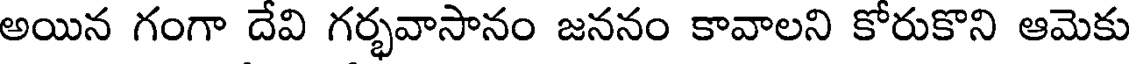
అయిన గంగా దేవి గర్భవాసానం జననం కావాలని కోరుకొని ఆమెకు